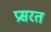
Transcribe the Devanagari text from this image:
प्रसरत